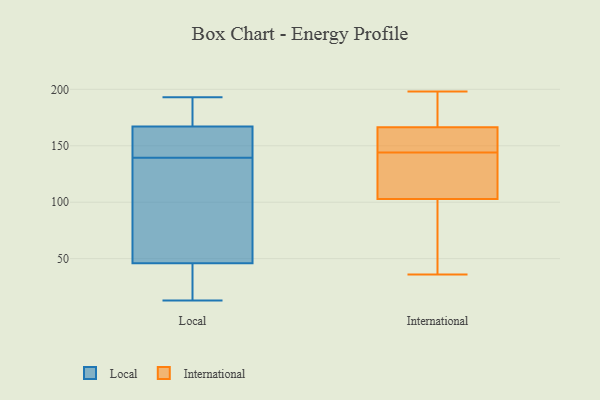
{"axis": {"x": "Tickets Resolved", "y": "Value"}, "legend": ["International", "Local"], "data": [{"x": "", "y": 103, "type": "Local"}, {"x": "", "y": 13, "type": "Local"}, {"x": "", "y": 167, "type": "Local"}, {"x": "", "y": 193, "type": "Local"}, {"x": "", "y": 132, "type": "Local"}, {"x": "", "y": 46, "type": "Local"}, {"x": "", "y": 167, "type": "Local"}, {"x": "", "y": 147, "type": "Local"}, {"x": "", "y": 26, "type": "Local"}, {"x": "", "y": 152, "type": "Local"}, {"x": "", "y": 136, "type": "International"}, {"x": "", "y": 115, "type": "International"}, {"x": "", "y": 127, "type": "International"}, {"x": "", "y": 165, "type": "International"}, {"x": "", "y": 152, "type": "International"}, {"x": "", "y": 36, "type": "International"}, {"x": "", "y": 66, "type": "International"}, {"x": "", "y": 144, "type": "International"}, {"x": "", "y": 162, "type": "International"}, {"x": "", "y": 198, "type": "International"}, {"x": "", "y": 47, "type": "International"}, {"x": "", "y": 171, "type": "International"}, {"x": "", "y": 182, "type": "International"}]}